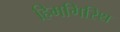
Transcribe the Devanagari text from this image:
हिमगिरिथ